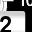
Digit: 2